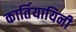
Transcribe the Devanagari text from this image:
कार्तियायिनी